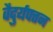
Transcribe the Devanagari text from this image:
वैदुर्यपत्तन